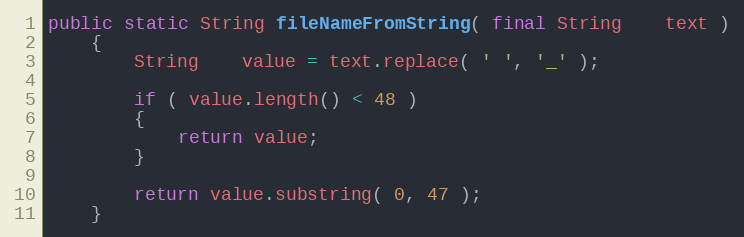
Language: Java
public static String fileNameFromString( final String    text )
    {
        String    value = text.replace( ' ', '_' );

        if ( value.length() < 48 )
        {
            return value;
        }

        return value.substring( 0, 47 );
    }